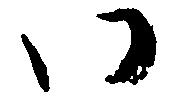
い